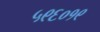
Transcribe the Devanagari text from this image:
५९६०१९